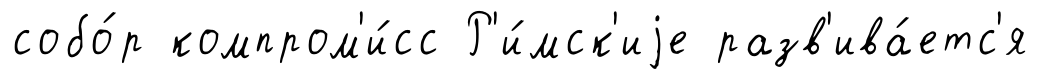
собо́р компром'и́сс Р'и́мск'иjе разв'ива́етс'я